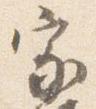
家